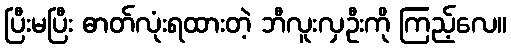
ပြီးမပြီး ဓာတ်လုံးရထားတဲ့ ဘီလူးလှဦးကို ကြည့်လေ။